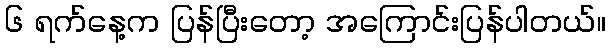
၆ ရက်နေ့က ပြန်ပြီးတော့ အကြောင်းပြန်ပါတယ်။